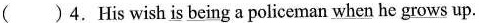
( ) 4. His wish \underline{is being} a policeman \underline{when} he \underline{grows} up.